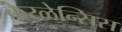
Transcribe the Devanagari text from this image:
केरळेन्सिस